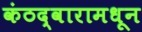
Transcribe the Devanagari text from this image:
कंठद्वारामधून